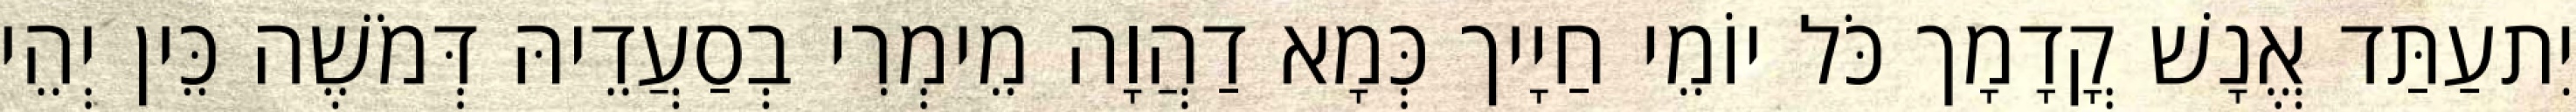
יִתעַתַּד אֱנָשׁ קֳדָמָך כֹּל יוֹמֵי חַיָיך כְּמָא דַהֲוָה מֵימְרִי בְסַעֲדֵיהּ דְּמֹשֶׁה כֵּין יְהֵי